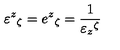
\varepsilon ^ { z } { } _ { \zeta } = e ^ { z } { } _ { \zeta } = \frac { 1 } { \varepsilon _ { z } { } ^ { \zeta } }